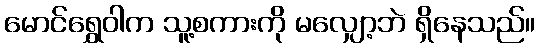
မောင်ရွှေဝါက သူ့စကားကို မလျှော့ဘဲ ရှိနေသည်။